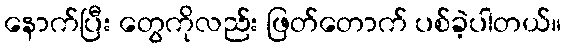
နောက်ပြီး တွေကိုလည်း ဖြတ်တောက် ပစ်ခဲ့ပါတယ်။